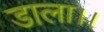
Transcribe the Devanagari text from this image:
डाला।।